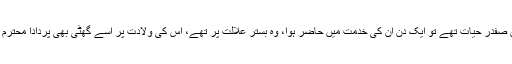
جب یہ چھوٹا تھا اور اس کے پردادا جان حضرت مولانا محمد سرفراز خان صفدرؒ حیات تھے تو ایک دن ان کی خدمت میں حاضر ہوا، وہ بستر علالت پر تھے، اس کی ولادت پر اسے گھٹی بھی پردادا محترم نے دی تھی، انہوں نے اس سے نام پوچھا تو اس نے بتایا ’’طلال آفریدی‘‘۔